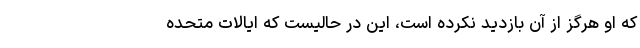
که او هرگز از آن بازدید نکرده است، این در حالیست که ایالات متحده